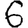
Digit: 6